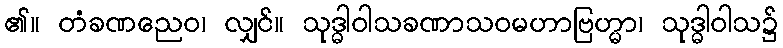
၏။ တံခဏညေဝ၊ လျှင်။ သုဒ္ဓါဝါသခဏာသဝမဟာဗြဟ္မာ၊ သုဒ္ဓါဝါသ၌